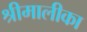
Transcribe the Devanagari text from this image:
श्रीमालीका